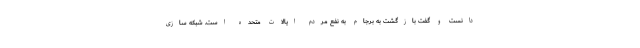
دانست و گفت بازگشت به برجام به نفع مردم ایالات متحده است. شبکه سازی